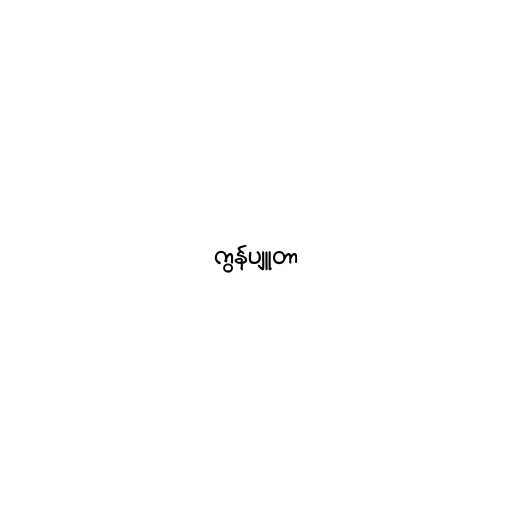
ကွန်ပျူတာ